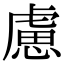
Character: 慮